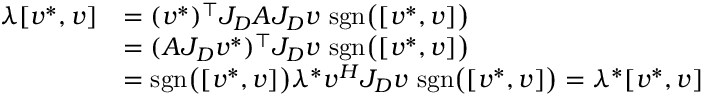
\begin{array} { r l } { \lambda [ v ^ { * } , v ] } & { = ( v ^ { * } ) ^ { \top } J _ { D } A J _ { D } v \ \mathrm { s g n } \big ( [ v ^ { * } , v ] \big ) } \\ & { = ( A J _ { D } v ^ { * } ) ^ { \top } J _ { D } v \ \mathrm { s g n } \big ( [ v ^ { * } , v ] \big ) } \\ & { = \mathrm { s g n } \big ( [ v ^ { * } , v ] \big ) \lambda ^ { * } v ^ { H } J _ { D } v \ \mathrm { s g n } \big ( [ v ^ { * } , v ] \big ) = \lambda ^ { * } [ v ^ { * } , v ] } \end{array}